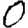
Digit: 0